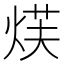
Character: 𮳫